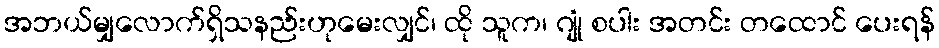
အဘယ်မျှလောက်ရှိသနည်းဟုမေးလျှင်၊ ထို သူက၊ ဂျုံ စပါး အတင်း တထောင် ပေးရန်